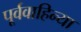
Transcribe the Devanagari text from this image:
पूर्ववाहिन्या